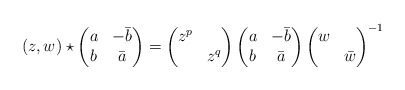
\begin{align*}(z,w) \star \begin{pmatrix}a & -\bar{b}\\b & \bar{a}\end{pmatrix} =\begin{pmatrix}z^p &\\& z^q\end{pmatrix}\begin{pmatrix}a & -\bar{b}\\b & \bar{a}\end{pmatrix}\begin{pmatrix}w & \\& \bar{w}\end{pmatrix}^{-1}\end{align*}